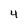
Character: 4